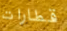
قطارات